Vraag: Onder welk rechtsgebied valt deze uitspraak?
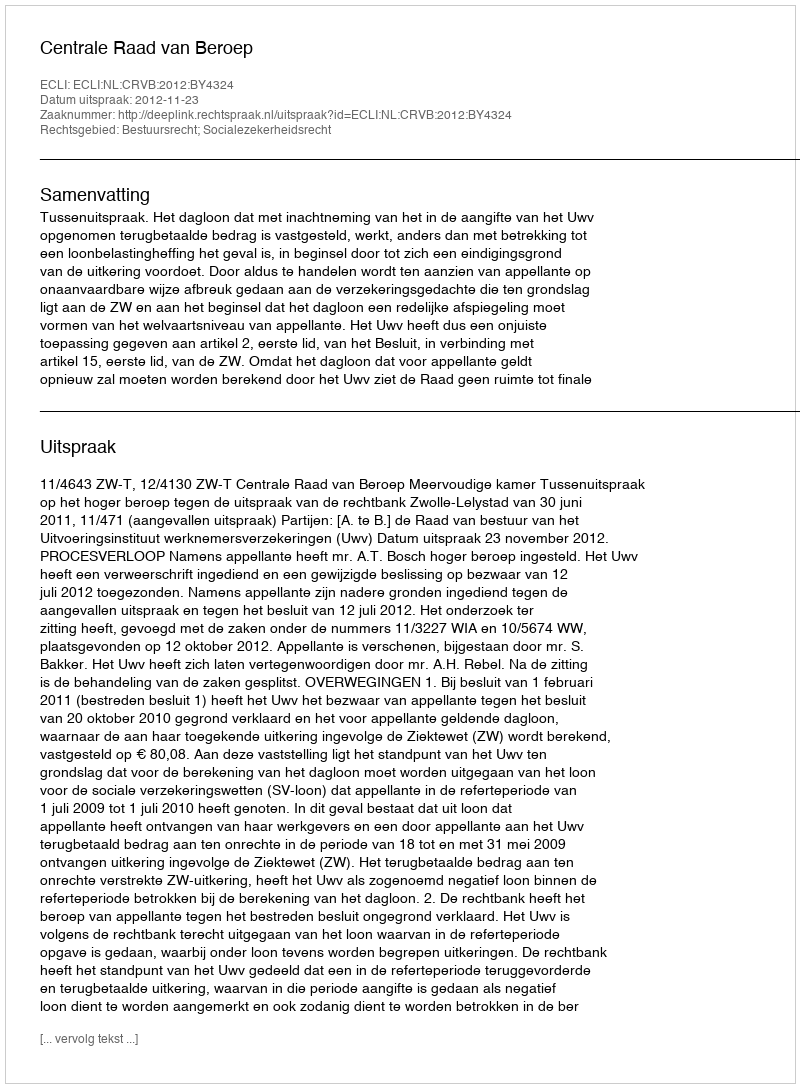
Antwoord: Bestuursrecht; Socialezekerheidsrecht